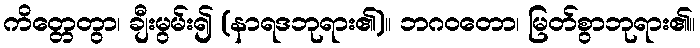
ကိတ္တေတွာ၊ ချီးမွမ်း၍ (နာရဒဘုရား၏)။ ဘဂဝတော၊ မြတ်စွာဘုရား၏။